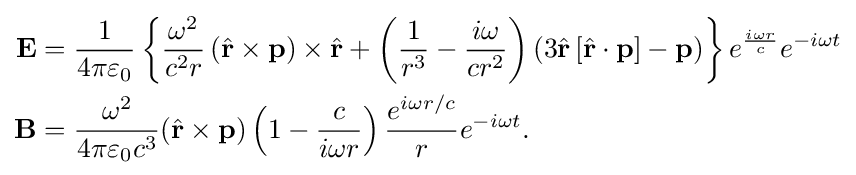
{\begin{aligned}\mathbf {E} &={\frac {1}{4\pi \varepsilon _{0}}}\left\{{\frac {\omega ^{2}}{c^{2}r}}\left({\hat {\mathbf {r} }}\times \mathbf {p} \right)\times {\hat {\mathbf {r} }}+\left({\frac {1}{r^{3}}}-{\frac {i\omega }{cr^{2}}}\right)\left(3{\hat {\mathbf {r} }}\left[{\hat {\mathbf {r} }}\cdot \mathbf {p} \right]-\mathbf {p} \right)\right\}e^{\frac {i\omega r}{c}}e^{-i\omega t}\\\mathbf {B} &={\frac {\omega ^{2}}{4\pi \varepsilon _{0}c^{3}}}({\hat {\mathbf {r} }}\times \mathbf {p} )\left(1-{\frac {c}{i\omega r}}\right){\frac {e^{i\omega r/c}}{r}}e^{-i\omega t}.\end{aligned}}